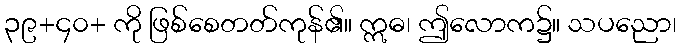
၃၉+၄၀+ ကို ဖြစ်စေတတ်ကုန်၏။ ဣဓ၊ ဤလောက၌။ သပညော၊